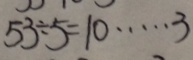
5 3 \div 5 = 1 0 \cdots 3